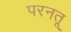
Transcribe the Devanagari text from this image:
परनतू